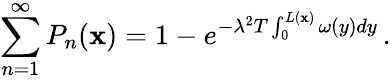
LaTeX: \sum_{n=1}^{\infty}P_{n}(\mathbf{x})=1-e^{-\lambda^{2}T\int_{0}^{L(\mathbf{x})}\omega(y)dy}\, .